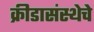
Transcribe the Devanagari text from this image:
क्रीडासंस्थेचे